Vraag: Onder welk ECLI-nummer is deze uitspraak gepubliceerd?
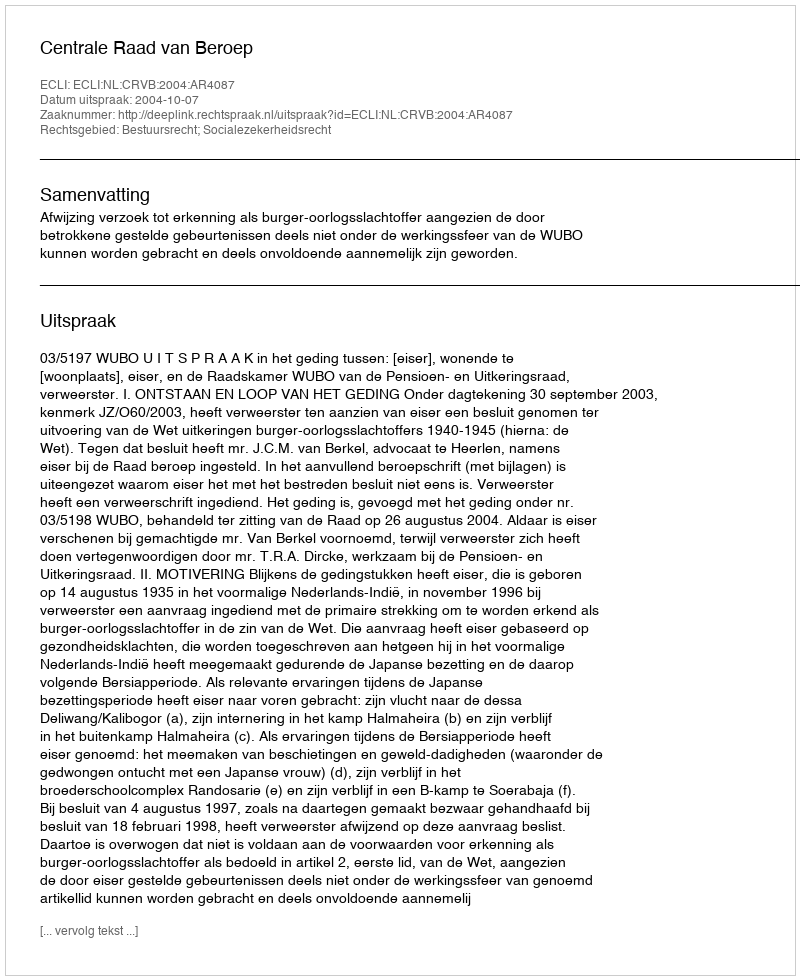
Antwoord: ECLI:NL:CRVB:2004:AR4087